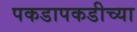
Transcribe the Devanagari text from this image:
पकडापकडीच्या